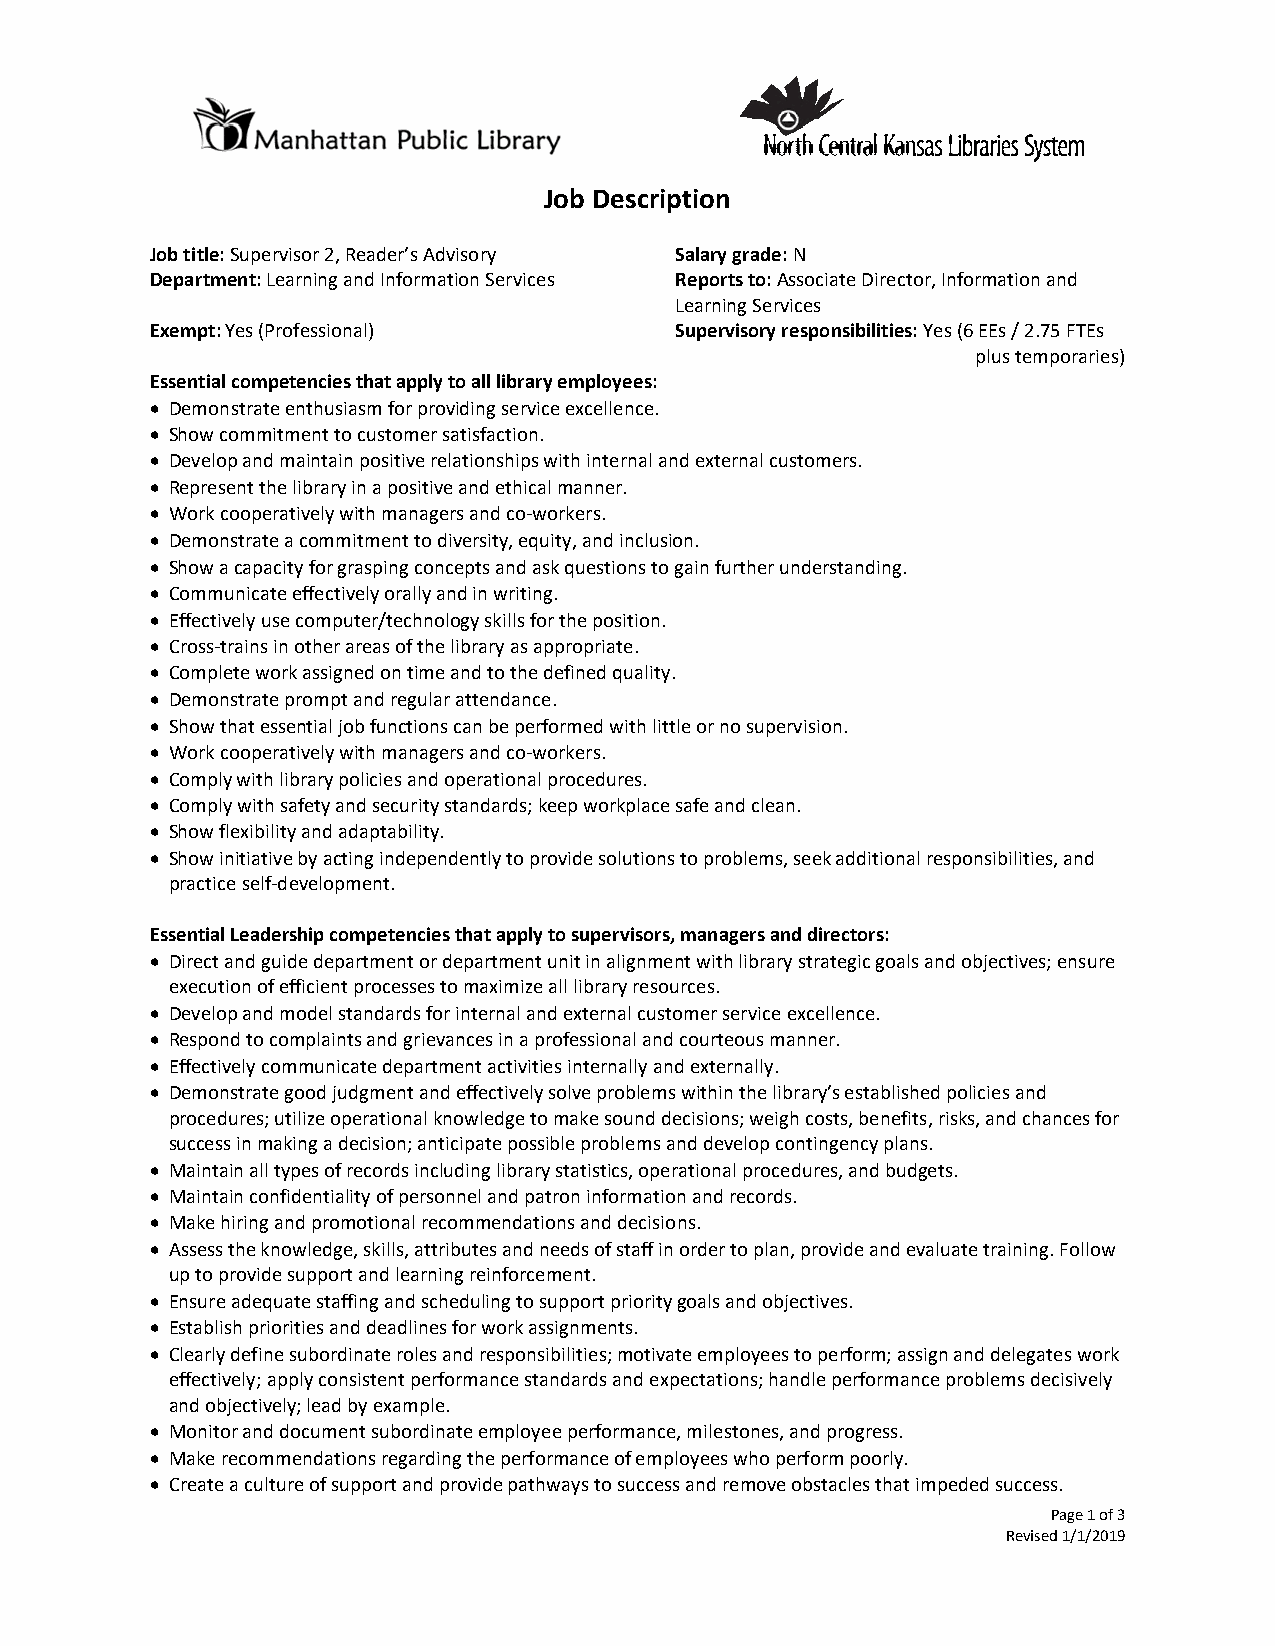
Job Description
 Job title: Supervisor 2, Reader’s Advisory Salary grade: N
 Department: Learning and Information Services Reports to: Associate Director, Information and
 Learning Services
 Exempt: Yes (Professional)         Supervisory responsibilities: Yes (6 EEs / 2.75 FTEs
 plus temporaries)
 Essential competencies that apply to all library employees:
  Demonstrate enthusiasm for providing service excellence.
  Show commitment to customer satisfaction.
  Develop and maintain positive relationships with internal and external customers.
  Represent the library in a positive and ethical manner.
  Work cooperatively with managers and co-workers.
  Demonstrate a commitment to diversity, equity, and inclusion.
  Show a capacity for grasping concepts and ask questions to gain further understanding.
  Communicate effectively orally and in writing.
  Effectively use computer/technology skills for the position.
  Cross-trains in other areas of the library as appropriate.
  Complete work assigned on time and to the defined quality.
  Demonstrate prompt and regular attendance.
  Show that essential job functions can be performed with little or no supervision.
  Work cooperatively with managers and co-workers.
  Comply with library policies and operational procedures.
  Comply with safety and security standards; keep workplace safe and clean.
  Show flexibility and adaptability.
  Show initiative by acting independently to provide solutions to problems, seek additional responsibilities, and
 practice self-development.
 Essential Leadership competencies that apply to supervisors, managers and directors:
  Direct and guide department or department unit in alignment with library strategic goals and objectives; ensure
 execution of efficient processes to maximize all library resources.
  Develop and model standards for internal and external customer service excellence.
  Respond to complaints and grievances in a professional and courteous manner.
  Effectively communicate department activities internally and externally.
  Demonstrate good judgment and effectively solve problems within the library’s established policies and
 procedures; utilize operational knowledge to make sound decisions; weigh costs, benefits, risks, and chances for
 success in making a decision; anticipate possible problems and develop contingency plans.
  Maintain all types of records including library statistics, operational procedures, and budgets.
  Maintain confidentiality of personnel and patron information and records.
  Make hiring and promotional recommendations and decisions.
  Assess the knowledge, skills, attributes and needs of staff in order to plan, provide and evaluate training. Follow
 up to provide support and learning reinforcement.
  Ensure adequate staffing and scheduling to support priority goals and objectives.
  Establish priorities and deadlines for work assignments.
  Clearly define subordinate roles and responsibilities; motivate employees to perform; assign and delegates work
 effectively; apply consistent performance standards and expectations; handle performance problems decisively
 and objectively; lead by example.
  Monitor and document subordinate employee performance, milestones, and progress.
  Make recommendations regarding the performance of employees who perform poorly.
  Create a culture of support and provide pathways to success and remove obstacles that impeded success.
 Page 1 of 3
 Revised 1/1/2019